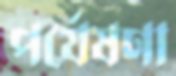
পর্যেষণা